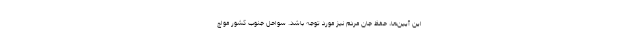
این آیین‌ها، حفظ جان مردم نیز مورد توجه باشد. سواحل جنوب کشور مواج